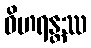
ဝိဟရန္တဿ